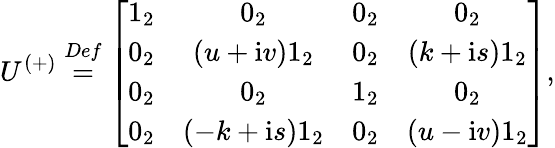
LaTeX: U^{\left(+\right)}\stackrel{Def}{=}\left[\begin{array}{cccc}{{1_{2}}}&{{0_{2}}}&{{0_{2}}}&{{0_{2}}}\\ {{0_{2}}}&{{\left(u+\mathrm{i}v\right)1_{2}}}&{{0_{2}}}&{{\left(k+\mathrm{i}s\right)1_{2}}}\\ {{0_{2}}}&{{0_{2}}}&{{1_{2}}}&{{0_{2}}}\\ {{0_{2}}}&{{\left(-k+\mathrm{i}s\right)1_{2}}}&{{0_{2}}}&{{\left(u-\mathrm{i}v\right)1_{2}}}\end{array}\right]\mathrm{,}